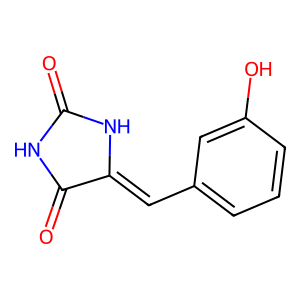
SMILES: O=C1NC(=O)C(=Cc2cccc(O)c2)N1
Inhibits HIV replication: No